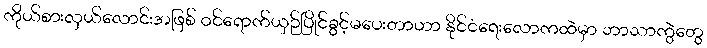
ကိုယ်စားလှယ်လောင်းအဖြစ် ဝင်ရောက်ယှဉ်ပြိုင်ခွင့်မပေးတာဟာ နိုင်ငံရေးလောကထဲမှာ ဘာသာကွဲတွေ